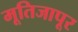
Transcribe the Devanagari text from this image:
मूतिजापूर